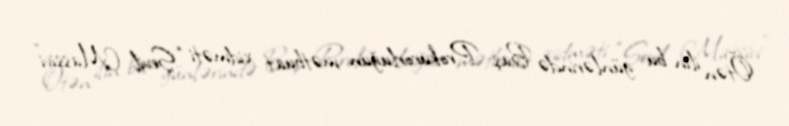
Ötən ilin bu günlərində Baş Prokurorluğun mətbuat xidməti “Sevil Massivi”